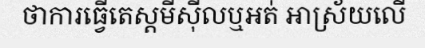
ថាការធ្វើតេស្តមីស៊ីលឬអត់ អាស្រ័យលើ